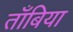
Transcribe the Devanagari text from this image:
ताँबिया